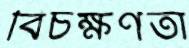
বিচক্ষণতা